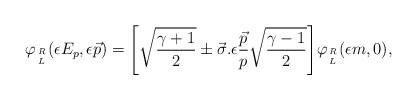
\begin{align*}\varphi_{R\atop L}(\epsilon E_p, \epsilon \vec{p})=\Bigg[\sqrt{\frac{\gamma+1}{2}}\pm \vec{\sigma}.\epsilon \frac{\vec{p}}{p}\sqrt{\frac{\gamma-1}{2}}\Bigg]\varphi_{R\atop L}(\epsilon m, 0), \vspace{0.5in}\end{align*}